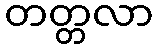
တတ္တလာ